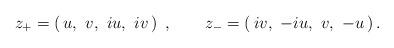
LaTeX: \begin{align*}z_{+}=\left(\, u,\,\, v,\,\, iu,\,\, iv\, \right)\ , \qquad z_{-}=\left(\, iv,\,\, -iu,\,\, v,\,\, -u \, \right). \end{align*}